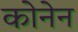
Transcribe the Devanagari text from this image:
कोनेन